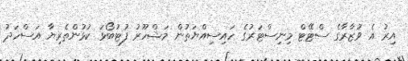
އިރު އެ ވުޒާރާގެ ސްޓޭޓް މިނިސްޓަރުގެ ހައިސިއްޔަތުން މަޝްހޫރު ފުޓުބޯޅަ ކުޅުންތެރިޔާ އަސްހަދު